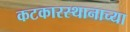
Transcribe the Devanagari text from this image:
कटकारस्थानाच्या